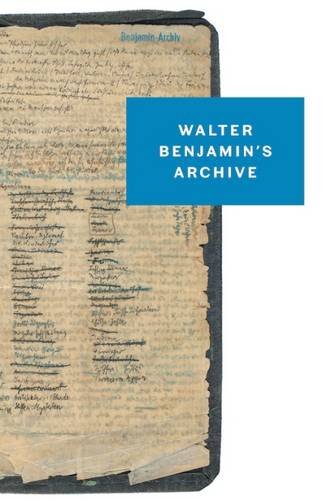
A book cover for Walter Benjamin's Archive: Images, Texts, Signs; Walter Benjamin; Biographies & Memoirs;